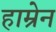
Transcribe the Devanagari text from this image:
हाम्रेन